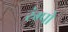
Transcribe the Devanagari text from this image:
रंग्पो